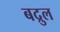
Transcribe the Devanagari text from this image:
बद्रुल